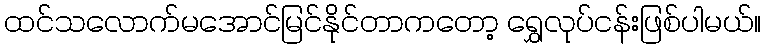
ထင်သလောက်မအောင်မြင်နိုင်တာကတော့ ရွှေလုပ်ငန်းဖြစ်ပါမယ်။